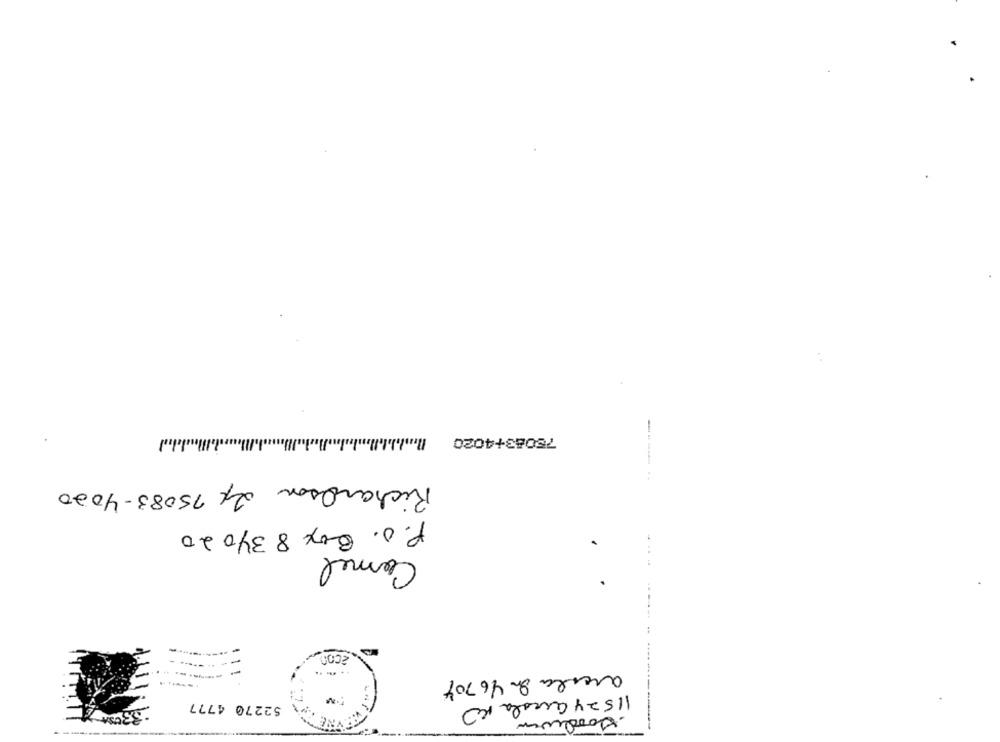
75083+4020
Richardson 24 75083-4020
P.O. Box 834020
Camel
.2000
- - .......
..... ..
arcila 8 46704
52270 4777
11524 Cucola KO
-------